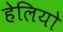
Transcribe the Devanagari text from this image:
हेलियो